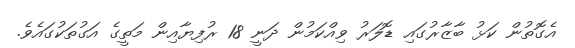
އެގޮތުން ކަޅު ބާޒާރުގައި ޑޮލަރު ވިއްކަމުން ދަނީ 18 ރުފިޔާއިން މަތީގެ އަގުތަކުގައެވެ.